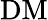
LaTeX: \mathrm{DM}